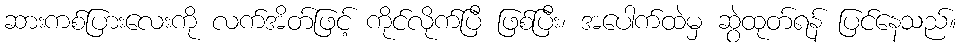
ဆားကစ်ပြားလေးကို လက်အိတ်ဖြင့် ကိုင်လိုက်ပြီ ဖြစ်ပြီး၊ အပေါက်ထဲမှ ဆွဲထုတ်ရန် ပြင်နေသည်။